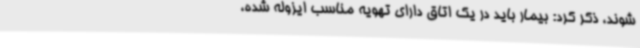
شوند، ذکر کرد: بیمار باید در یک اتاق دارای تهویه مناسب ایزوله شده،